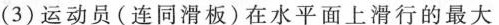
(3)运动员(连同滑板)在水平面上滑行的最大